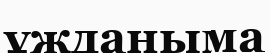
ұжданыма